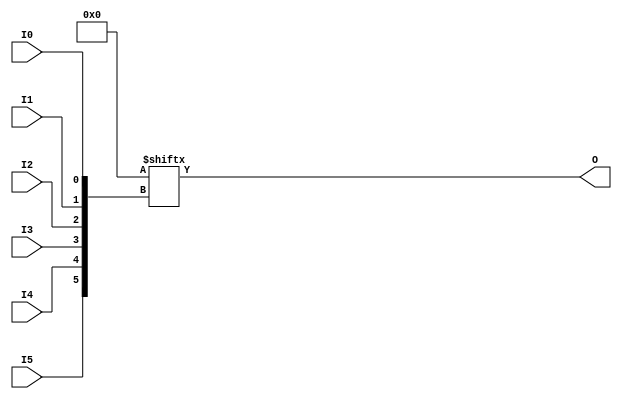
`ifdef verilator3
`else
`timescale 1 ps / 1 ps
`endif
//
// LUT6 primitive for Xilinx FPGAs
// Compatible with Verilator tool (www.veripool.org)
// Copyright (c) 2019-2022 Frdric REQUIN
// License : BSD
//

module LUT6
#(
    parameter [63:0] INIT = 64'h0000000000000000
)
(
    input  wire I0, I1, I2, I3, I4, I5,
    output wire O
);
    wire [5:0] _w_idx = { I5, I4, I3, I2, I1, I0 };
    
    assign O = INIT[_w_idx];

endmodule